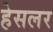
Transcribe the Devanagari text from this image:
हेसलर